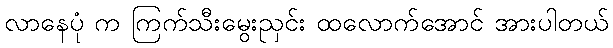
လာနေပုံ က ကြက်သီးမွေးညှင်း ထလောက်အောင် အားပါတယ်